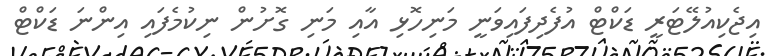
އިޖެކިއުލޭޓަރީ ޑަކްޓް އުފެދިފައިވަނީ މަނިހޮޅި އާއި މަނި ގޮށުން ނިކުމެފައި އިންނަ ޑަކްޓް